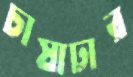
চাষাঢ়ার